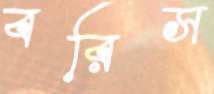
বরিস